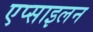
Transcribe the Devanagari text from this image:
एप्साइलन